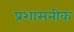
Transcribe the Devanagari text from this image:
प्रशासनीक